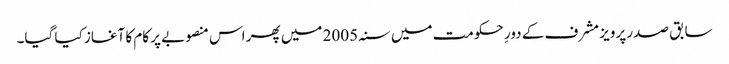
سابق صدر پرویز مشرف کے دورِ حکومت میں سنہ 2005 میں پھر اس منصوبے پر کام کا آغاز کیا گیا۔